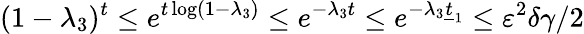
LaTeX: (1-\lambda_{3})^{t}\le e^{t\log(1-\lambda_{3})}\le e^{-\lambda_{3}t}\le e^{-\lambda_{3}\underline{{t}}_{1}}\le\varepsilon^{2}\delta\gamma/2